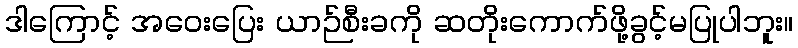
ဒါကြောင့် အဝေးပြေး ယာဉ်စီးခကို ဆတိုးကောက်ဖို့ခွင့်မပြုပါဘူး။